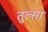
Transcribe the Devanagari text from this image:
तुल्सा